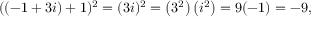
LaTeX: ( ( - 1 + 3 i ) + 1 ) ^ { 2 } = ( 3 i ) ^ { 2 } = \left( 3 ^ { 2 } \right) \left( i ^ { 2 } \right) = 9 ( - 1 ) = - 9 ,